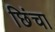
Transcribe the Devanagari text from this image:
छिंचा